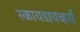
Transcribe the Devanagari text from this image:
स्कायडायव्हर्स